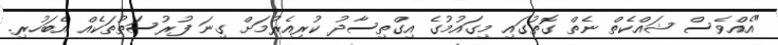
"އެއްވެސް ޝައްކެތް ނެތް ގޮތުގައި މިގައުމުގެ އިގްތިސާދު ކުރިއެރުމަށް ގިނަ ފުރުސަތުތަކެއް އެބަހުރި.